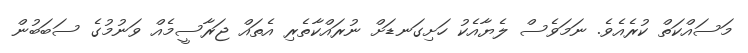
މަސައްކަތް ކުރެއެވެ. ނަމަވެސް ލެޔާއެކު ހަށިގަނޑަށް ނުރައްކާތެރި އެތައް ޖަރާސީމެއް ވަނުމުގެ ސަބަބުން